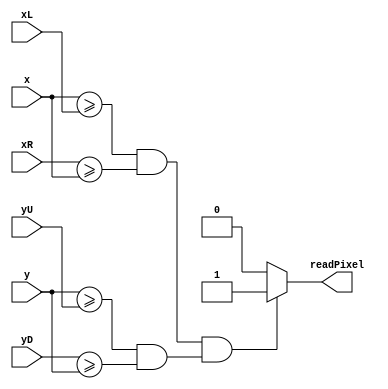
`timescale 1ns / 1ps

// readPixelCtrl utilizat pt generarea semnalului care controleaza
// momentul afisarii pixelului curent in pct de afisare de coord(x,y)
// xL<xR xL[0,639] xR[0,639]
// yU<yD yU[0,479] yD[0,479]
module readPixelCtrl(
    input [9:0]xL,xR,
    input [9:0]yU,yD,
    input [9:0]x,
    input [9:0]y,
    output reg readPixel=0 // repr comanda de citire/afisare a pixel curent
                    // activ pe 1 logic
    );
    
    
    always@(xL,xR,yU,yD,x,y)
    begin
    if(((x>=xL)&&(xR>=x))&&((y>=yU)&&(yD>=y)))
        readPixel=1;
        else
        readPixel=0; 
    end
    
    
    
endmodule